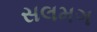
સલમગ